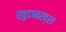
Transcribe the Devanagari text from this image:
खुदाबख्श